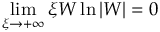
\operatorname* { l i m } _ { \xi \to + \infty } \xi W \ln { | W | } = 0